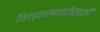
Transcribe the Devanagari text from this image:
विश्‍वासवाढीसाठी